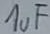
Text: 1uF